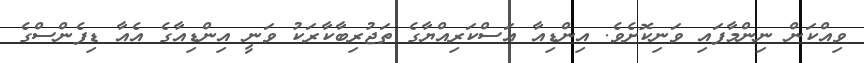
ވިއްކަން ނިންމާފައި ވަނިކޮށެވެ. އިންޑިއާ އަސްކަރިއްޔާގެ ތަޖުރިބާކާރަކު ވަނީ އިންޑިއާގެ އެއާ ޑިފެންސްގެ